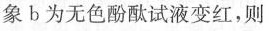
象b为无色酚酞试液变红，则